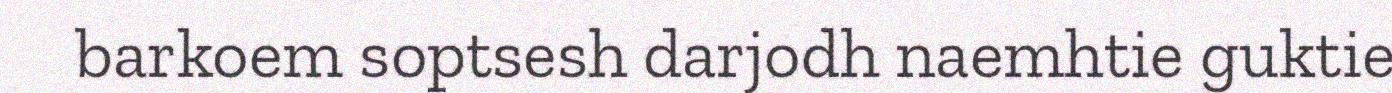
barkoem soptsesh darjodh naemhtie guktie